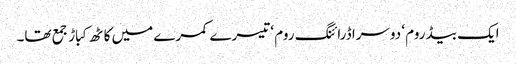
ایک بیڈ روم ‘ دوسرا ڈرائنگ روم ‘ تیسرے کمرے میں کاٹھ کباڑ جمع تھا۔